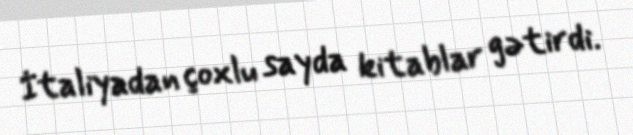
İtaliyadan çoxlu sayda kitablar gətirdi.